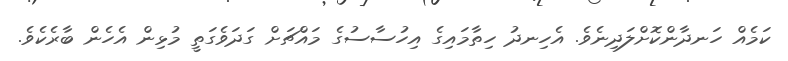
ކަމެއް ހަނދާންކޮށްލަދިނެވެ. އެހިނދު ހިތާމައިގެ އިހުސާސުގެ މައްޗަށް ގަދަވެގަތީ މުޅިން އެހެން ބާރެކެވެެ.